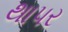
થાપર